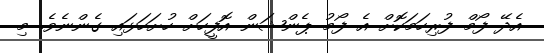
އެދޭ ފޯމް ފުރިހަމަކޮށް އެ ފޯމު ޕެންޝަން އޮފީހަށް ހުށަހަޅައި ގެންނެވެ. މި